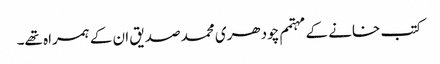
کتب خانے کے مہتمم چودھری محمد صدیق ان کے ہمراہ تھے۔